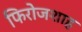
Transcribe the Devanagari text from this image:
फिरोजशाह